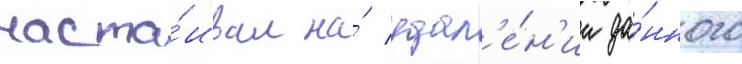
наста́ивал на́ удал'е́н'ии да́нного